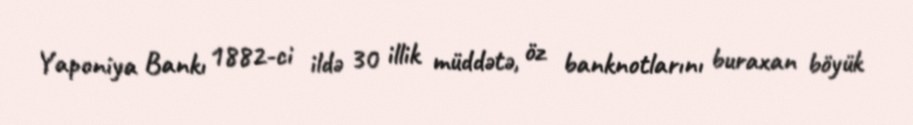
Yaponiya Bankı 1882-ci ildə 30 illik müddətə, öz banknotlarını buraxan böyük